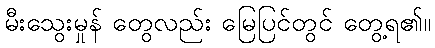
မီးသွေးမှုန် တွေလည်း မြေပြင်တွင် တွေ့ရ၏။